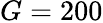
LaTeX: G=200